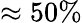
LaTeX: \approx 50\%